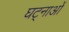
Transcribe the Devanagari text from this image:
घट्नाओं